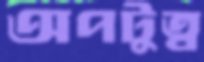
অপটুত্ব